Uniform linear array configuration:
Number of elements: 32
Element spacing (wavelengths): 1
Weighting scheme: blackman
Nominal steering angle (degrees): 0
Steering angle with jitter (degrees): -1.198
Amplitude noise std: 0.05
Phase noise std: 0.05

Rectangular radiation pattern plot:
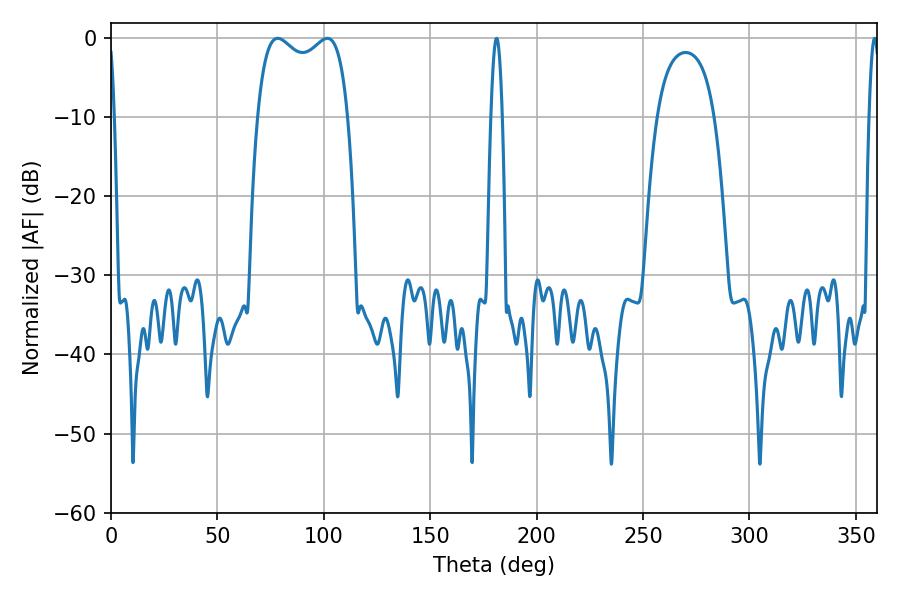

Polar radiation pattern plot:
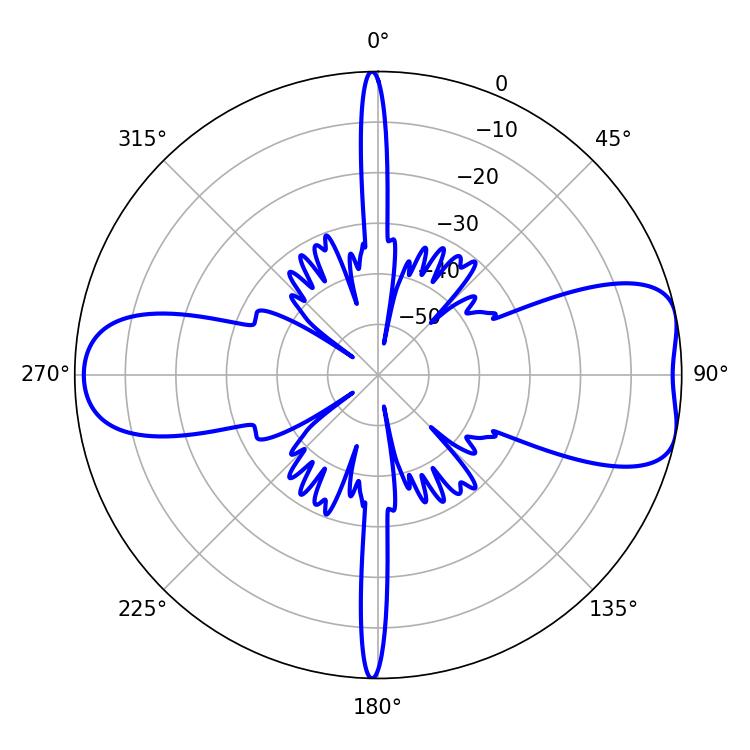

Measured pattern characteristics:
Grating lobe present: TRUE
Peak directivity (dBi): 7.992
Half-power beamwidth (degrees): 35.28
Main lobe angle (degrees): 78.3